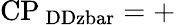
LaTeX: \mathrm{CP_{\ DDzbar}=+}